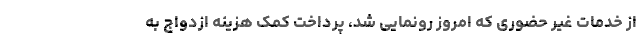
از خدمات غیر حضوری که امروز رونمایی شد، پرداخت کمک هزینه ازدواج به